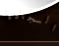
السجادة